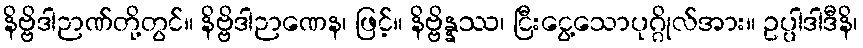
နိဗ္ဗိဒါဉာဏ်တို့တွင်။ နိဗ္ဗိဒါဉာဏေန၊ ဖြင့်။ နိဗ္ဗိန္နဿ၊ ငြီးငွေ့သောပုဂ္ဂိုလ်အား။ ဥပ္ပါဒါဒီနိ၊